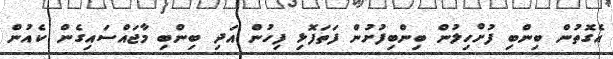
އެގޮތުން ބިންބި ފުށްހިލުން ބިންބިފުށުން ފަތަފޮޅި ފިހުން އަދި ބިންބި މާޖައްސައިގެން ކެއުން